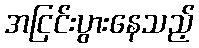
အငြင်းပွားနေသည့်